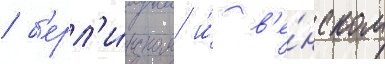
/ б'ерл'и́нском и́ в'е́нском